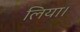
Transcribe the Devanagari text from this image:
लिया।